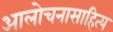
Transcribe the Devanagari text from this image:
आलोचनासाहित्य